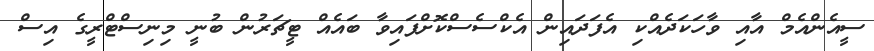
ސީއެންއެމް އާއި ވާހަކަދެއްކި އެފަދަައިން އެކްސެސްކޮށްފައިވާ ބައެއް ޓީޗަރުން ބުނީ މިނިސްޓްރީގެ އިސް